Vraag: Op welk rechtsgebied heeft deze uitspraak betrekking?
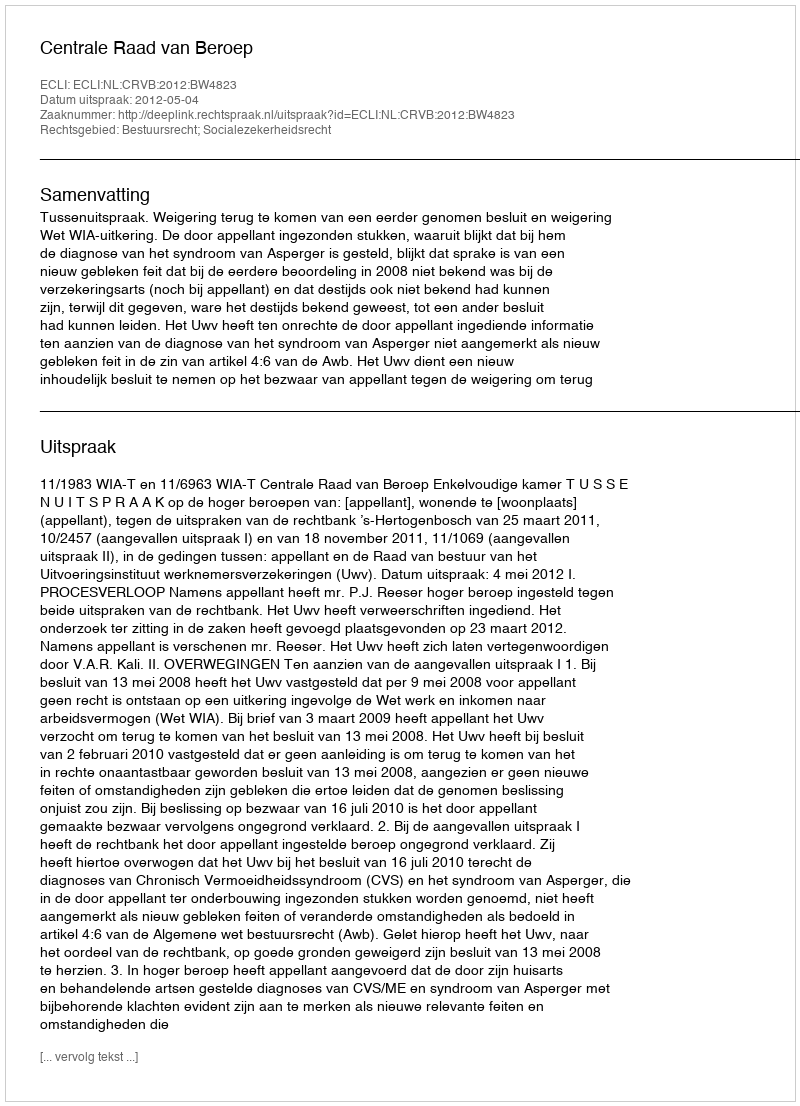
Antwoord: Bestuursrecht; Socialezekerheidsrecht